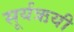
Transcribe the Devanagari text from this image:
सूर्यऋयी